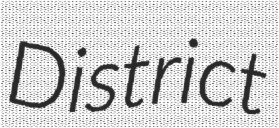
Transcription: District